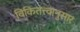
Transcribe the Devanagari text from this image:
विकितत्त्वानुसार